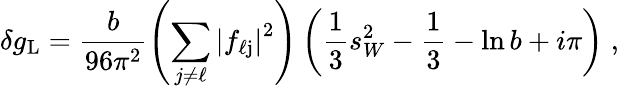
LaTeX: \delta g_{\mathrm L}=\frac{b}{96\pi^{2}}\left(\sum_{j\neq\ell}\left|f_{\ell\mathrm j}\right|^{2}\right)\left(\frac{1}{3}s_{W}^{2}-\frac{1}{3}-\ln b+i\pi\right)\; ,